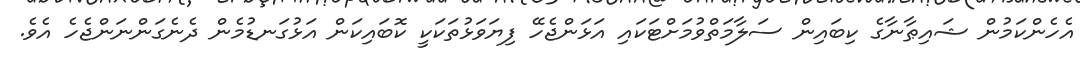
އެހެންކަމުން ޝައިޠާނާގެ ކިބައިން ސަލާމަތްވުމަށްޓަކައި އަޅަންޖެހޭ ފިޔަވަޅުތަކަކީ ކޮބައިކަން އަޅުގަނޑުމެން ދެނެގަންނަންޖެހެ އެވެ.